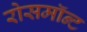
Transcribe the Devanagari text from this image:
रोसमॉन्ट